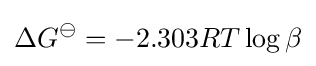
\Delta G^{\ominus }=-2.303RT\log \beta